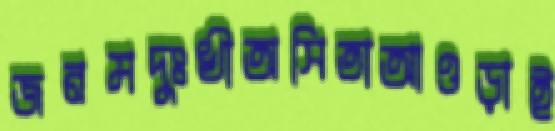
জনমদুঃখীঅসিতাআওড়াই